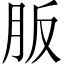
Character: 𦙀